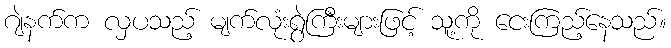
ဂျဲနက်က လှပသည့် မျက်လုံးရွဲကြီးများဖြင့် သူ့ကို ငေးကြည့်နေသည်။